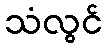
သံလွင်